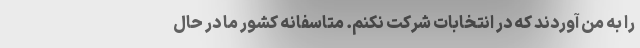
را به من آوردند که در انتخابات شرکت نکنم. متاسفانه کشور ما در حال